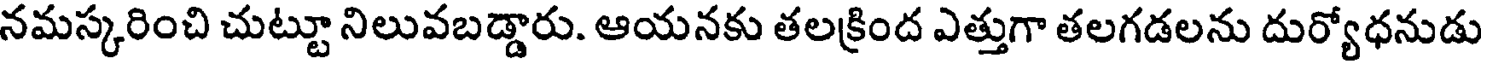
నమస్కరించి చుట్టూ నిలువబడ్డారు. ఆయనకు తలక్రింద ఎత్తుగా తలగడలను దుర్యోధనుడు